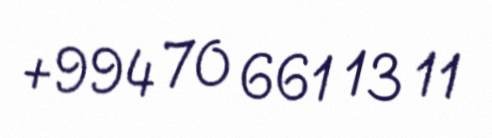
+994 70 661 13 11